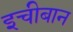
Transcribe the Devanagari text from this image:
इचीबान